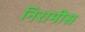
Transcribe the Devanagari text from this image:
निरामीस